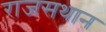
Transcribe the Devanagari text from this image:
राजसथान